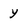
Character: y